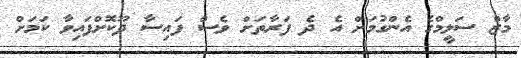
މާޒް ސަލީމްގެ އެންގުމަށް އެ ދެ ފަރާތަށް ވެސް ފައިސާ ދޫކޮށްފައިވާ ކަމަށް